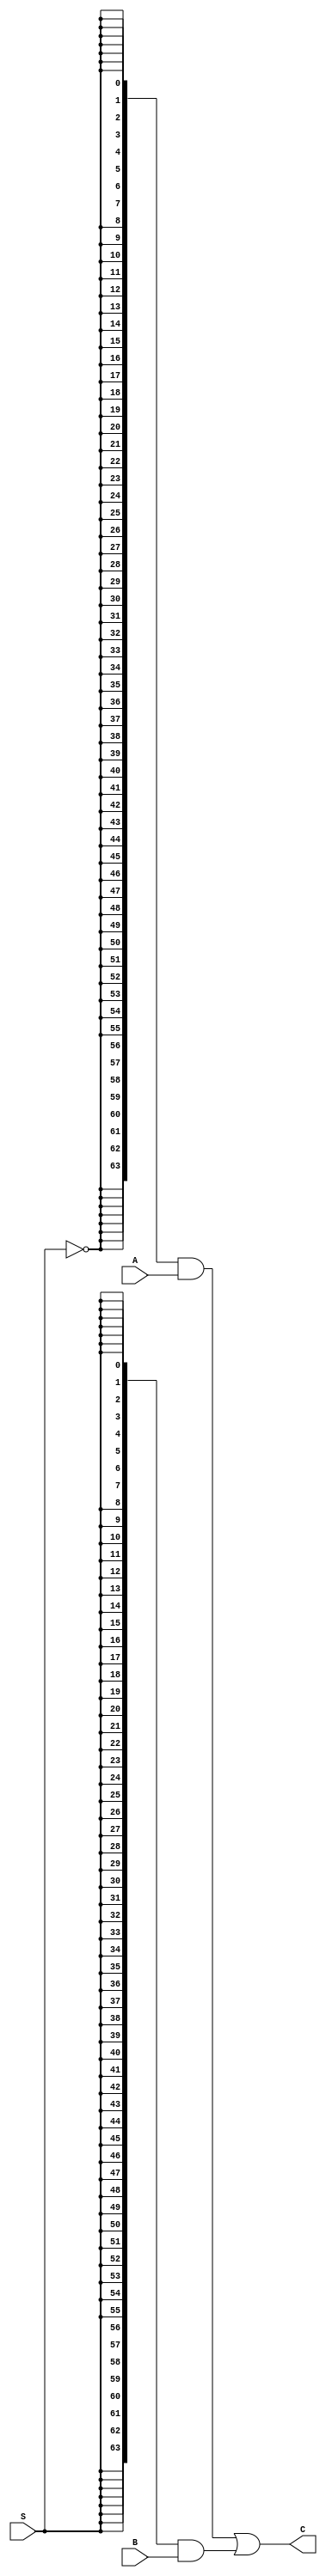
module sixfour_two_one_multi (S, A, B, C);
  input wire [63:0] A;
  input wire [63:0] B;
  input wire S;
  output wire [63:0] C;

  wire notS;
  wire [63:0] notSandA;
  wire [63:0] SandB;

  assign notSandA = {64{~S}} & A;
  assign SandB = {64{S}} & B;
  assign C = notSandA | SandB;

endmodule